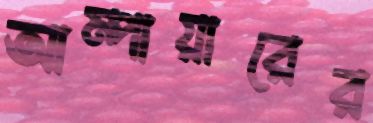
আম্পায়ারের